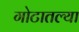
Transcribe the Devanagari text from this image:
गोटातल्या